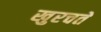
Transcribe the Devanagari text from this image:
खुरचते